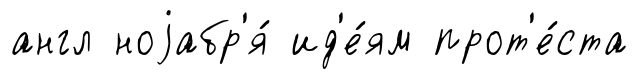
англ ноjабр'я́ ид'е́ям прот'е́ста